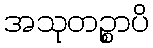
အသုတဉ္စာပိ